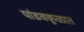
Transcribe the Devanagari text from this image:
पांडवकुळात